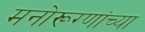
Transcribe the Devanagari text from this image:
मनोरूग्णांच्या